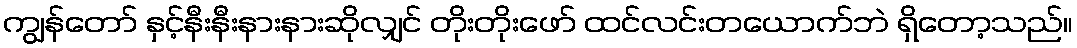
ကျွန်တော် နှင့်နီးနီးနားနားဆိုလျှင် တိုးတိုးဖော် ထင်လင်းတယောက်ဘဲ ရှိတော့သည်။